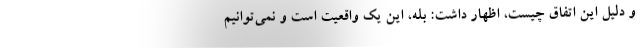
و دلیل این اتفاق چیست، اظهار داشت: بله، این یک واقعیت است و نمی‌توانیم